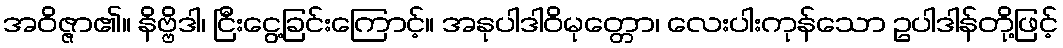
အဝိဇ္ဇာ၏။ နိဗ္ဗိဒါ၊ ငြီးငွေ့ခြင်းကြောင့်။ အနုပါဒါဝိမုတ္တော၊ လေးပါးကုန်သော ဥပါဒါန်တို့ဖြင့်